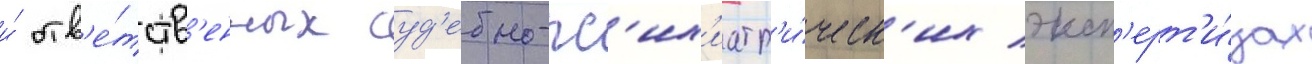
и́ отв'е́тств'енных суд'ебно-пс'их'иатр'и́ческ'их эксп'ерт'и́зах